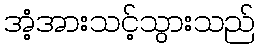
အံ့အားသင့်သွားသည်